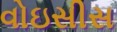
વોઇસીસ